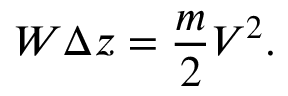
W \Delta z = { \frac { m } { 2 } } V ^ { 2 } .